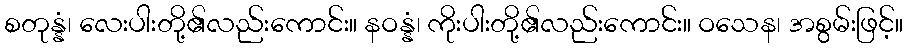
စတုန္နံ၊ လေးပါးတို့၏လည်းကောင်း။ နဝန္နံ၊ ကိုးပါးတို့၏လည်းကောင်း။ ဝသေန၊ အစွမ်းဖြင့်။